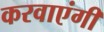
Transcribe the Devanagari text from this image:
करवाएंगी